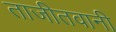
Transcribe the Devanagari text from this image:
ताजीतवानी